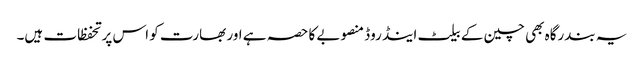
یہ بندرگاہ بھی چین کے بیلٹ اینڈ روڈ منصوبے کا حصہ ہے اور بھارت کو اس پر تحفظات ہیں۔